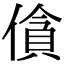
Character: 僋